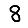
Digit: 8